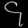
Digit: ၄